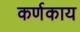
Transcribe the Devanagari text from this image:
कर्णकाय